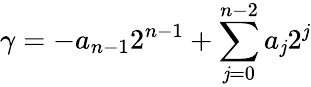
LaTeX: \gamma=-a_{n-1}2^{n-1}+\sum_{\mathit{j}=0}^{n-2}a_{\mathit{j}}2^{\mathit{j}}